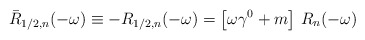
\begin{align*}\bar{R}_{1/2,n}(-\omega)\equiv-R_{1/2,n}(-\omega)= \left[\omega\gamma^0+m\right]\,R_n(-\omega)\end{align*}